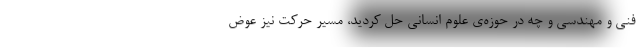
فنی و مهندسی و چه در حوزه‌ی علوم انسانی حل کردید، مسیر حرکت نیز عوض